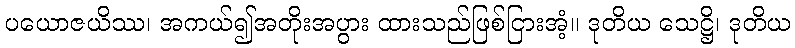
ပယောဇယိဿ၊ အကယ်၍အတိုးအပွား ထားသည်ဖြစ်ငြားအံ့။ ဒုတိယ သေဋ္ဌိ၊ ဒုတိယ